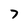
Character: 7